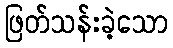
ဖြတ်သန်းခဲ့သော